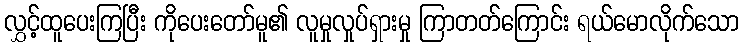
လွှင့်ထူပေးကြပြီး ကိုပေးတော်မူ၏ လူမှုလှုပ်ရှားမှု ကြာတတ်ကြောင်း ရယ်မောလိုက်သော